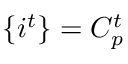
\{ i ^ { t } \} = C _ { p } ^ { t }